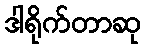
ဒါရိုက်တာဆု